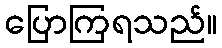
ပြောကြရသည်။